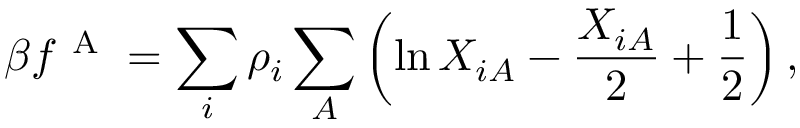
\beta f ^ { \mathrm { ~ A ~ } } = \sum _ { i } \rho _ { i } \sum _ { A } \left( \ln X _ { i A } - \frac { X _ { i A } } { 2 } + \frac { 1 } { 2 } \right) ,